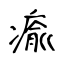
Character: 瘉